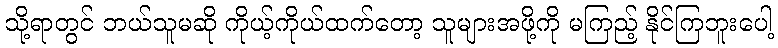
သို့ရာတွင် ဘယ်သူမဆို ကိုယ့်ကိုယ်ထက်တော့ သူများအဖို့ကို မကြည့် နိုင်ကြဘူးပေါ့